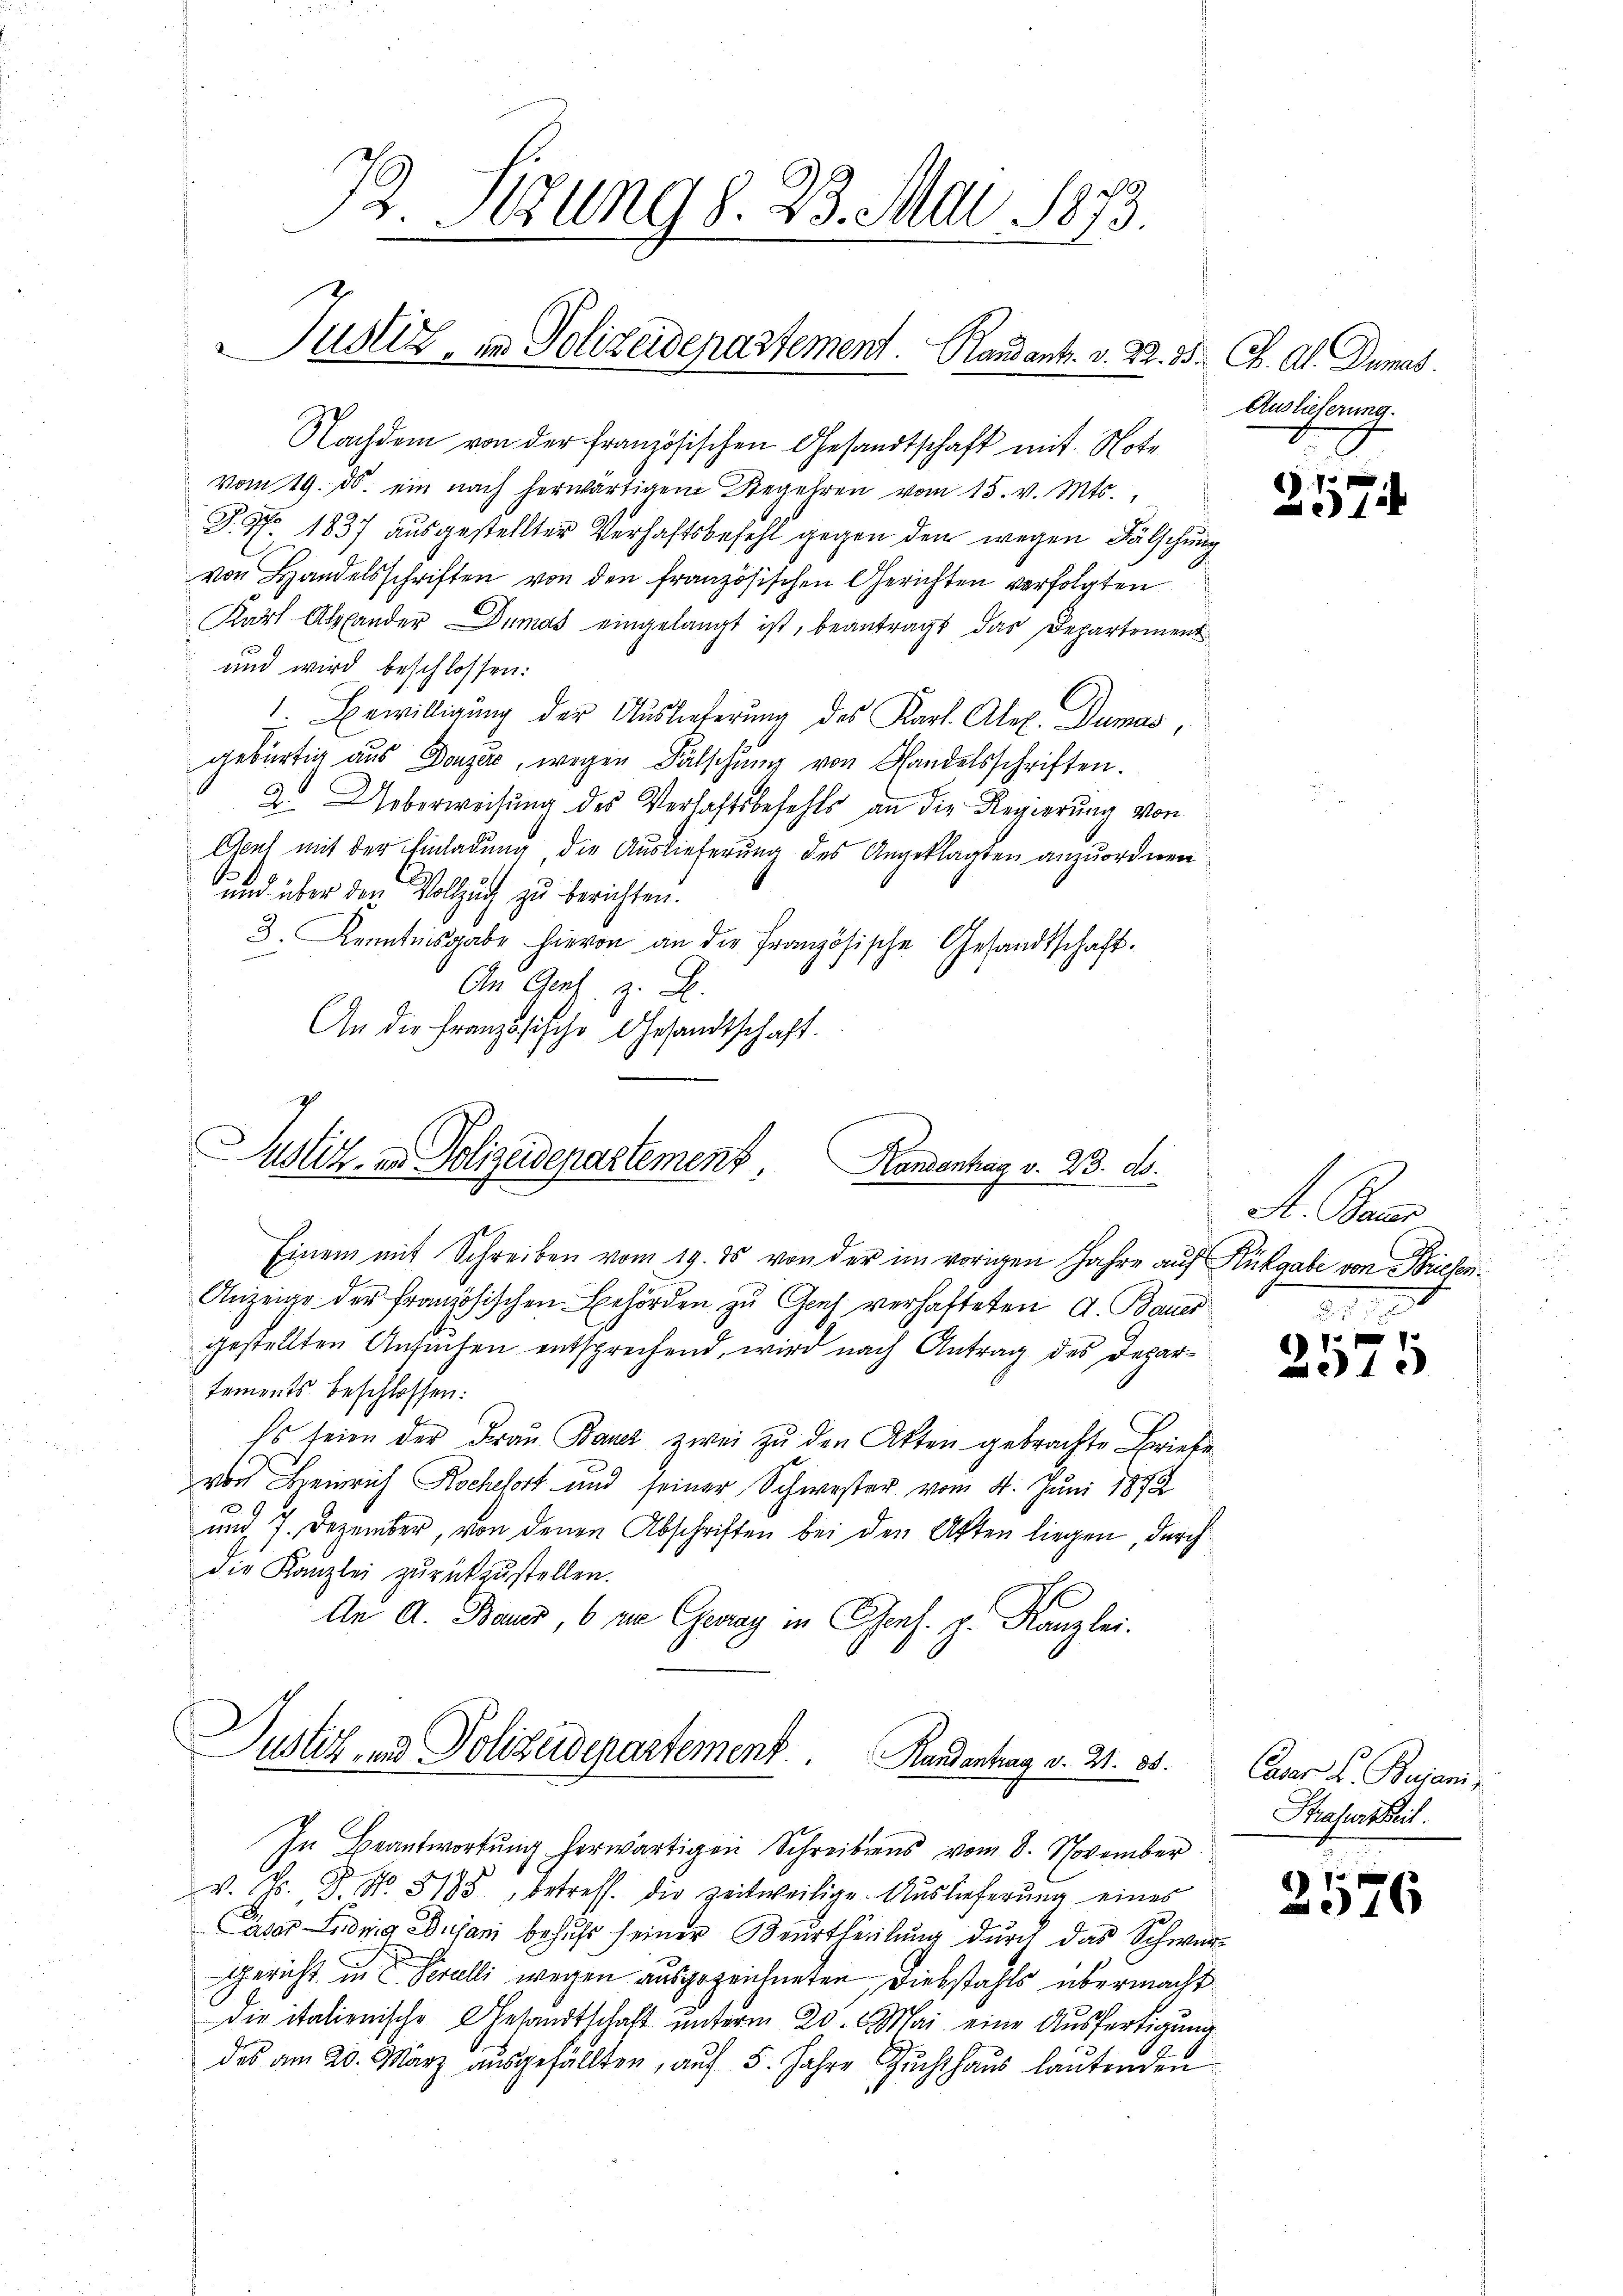
B. Sizung d. 23. Mai 1873.
Justiz, in Polizeidepartement. Randant. v. 22. 35. Ch. Al. Dumas.

Nachdem von der französischen Gesandtschaft mit Note
vom 19. ds. ein nach herwärtigem Begehren vom 15. v. Mts.,
T. No. 1837 ausgestellter Verhaftsbefehl gegen den wegen Fälschung
von Handelsschriften von den französischen Gerichten verfolgten
Karl Alpfander Dumas eingelangt ist, beantragt das Departement
und wird beschlossen:
1. Bewilligung der Auslieferung des Karl. Abel. Dumas,
gebürtig aus Donzer, wegen Fälschung von Handelsschriften.
2. Ueberweisung des Verhaftsbefehls an die Regierung von
Genf mit der Einladung, die Auslieferung des Angeklagten anzuordnen
und über den Vollzug zu berichten.
3. Kenntnisgabe hievon an die französische Gesandtschaft¬
An Genf z. B.
An die Französische Gesandtschaft.

Justiz- und Polizeidepartement Handenhag v. 23. d.

Justiz- und Polizeidepartement. Handentrag v. 21. 85.

Einem mit Schreiben vom 19. ds von der im vorigen Jahre auf Rückgabe von Briefen
Anzeige der Französischen Behörden zu Genf verhafteten A. Baues
gestellten Antachen entsprechend, wird nach Antrag des Departements beschlossen:
Es seien der Frau Bauer zwei zu den Akten gebrachte Briefe
von Heinrich Rochert und seiner Schwester vom 4. Juni 1872
und 7. Dezember, von denen Abschriften bei den Akten liegen, durch
die Kanzlei zurückzustellen.
An A. Bauer, 6 die Geray in Gens. z. Kanzlei.

In Beantwortŭng herwärtigen Schreibens vom 8. November
v. J. P. Nr. 3185, betreff. die zeitweilige Auslieferung eines
Caser Ludwig Dujani besucht seiner Beurtheilung durch das Schwur¬
Gericht in Serelli wegen ausgezeichneten, Diebstahls übermacht
die italienische Gesandtschaft unterm 20. Mai eine Ausfertigung
des am 20. März ausgefällten, auf 5. Jahre Zuchthaus lautenden

Auslieferung.

257

A. Bac

7 x 1
4

Caser L. Beiani,
Strafurtheil.

2576